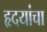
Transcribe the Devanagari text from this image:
हृदयांचा